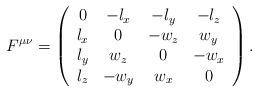
LaTeX: \begin{align*} F^{\mu \nu} =\left(\begin{array}{cccc} 0 & -l_x & -l_y & -l_z \\ l_x & 0 & -w_z & w_y \\ l_y & w_z & 0 & -w_x \\ l_z & -w_y & w_x & 0 \end{array}\right) .\end{align*}